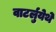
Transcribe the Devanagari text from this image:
वाटर्लुयेथे